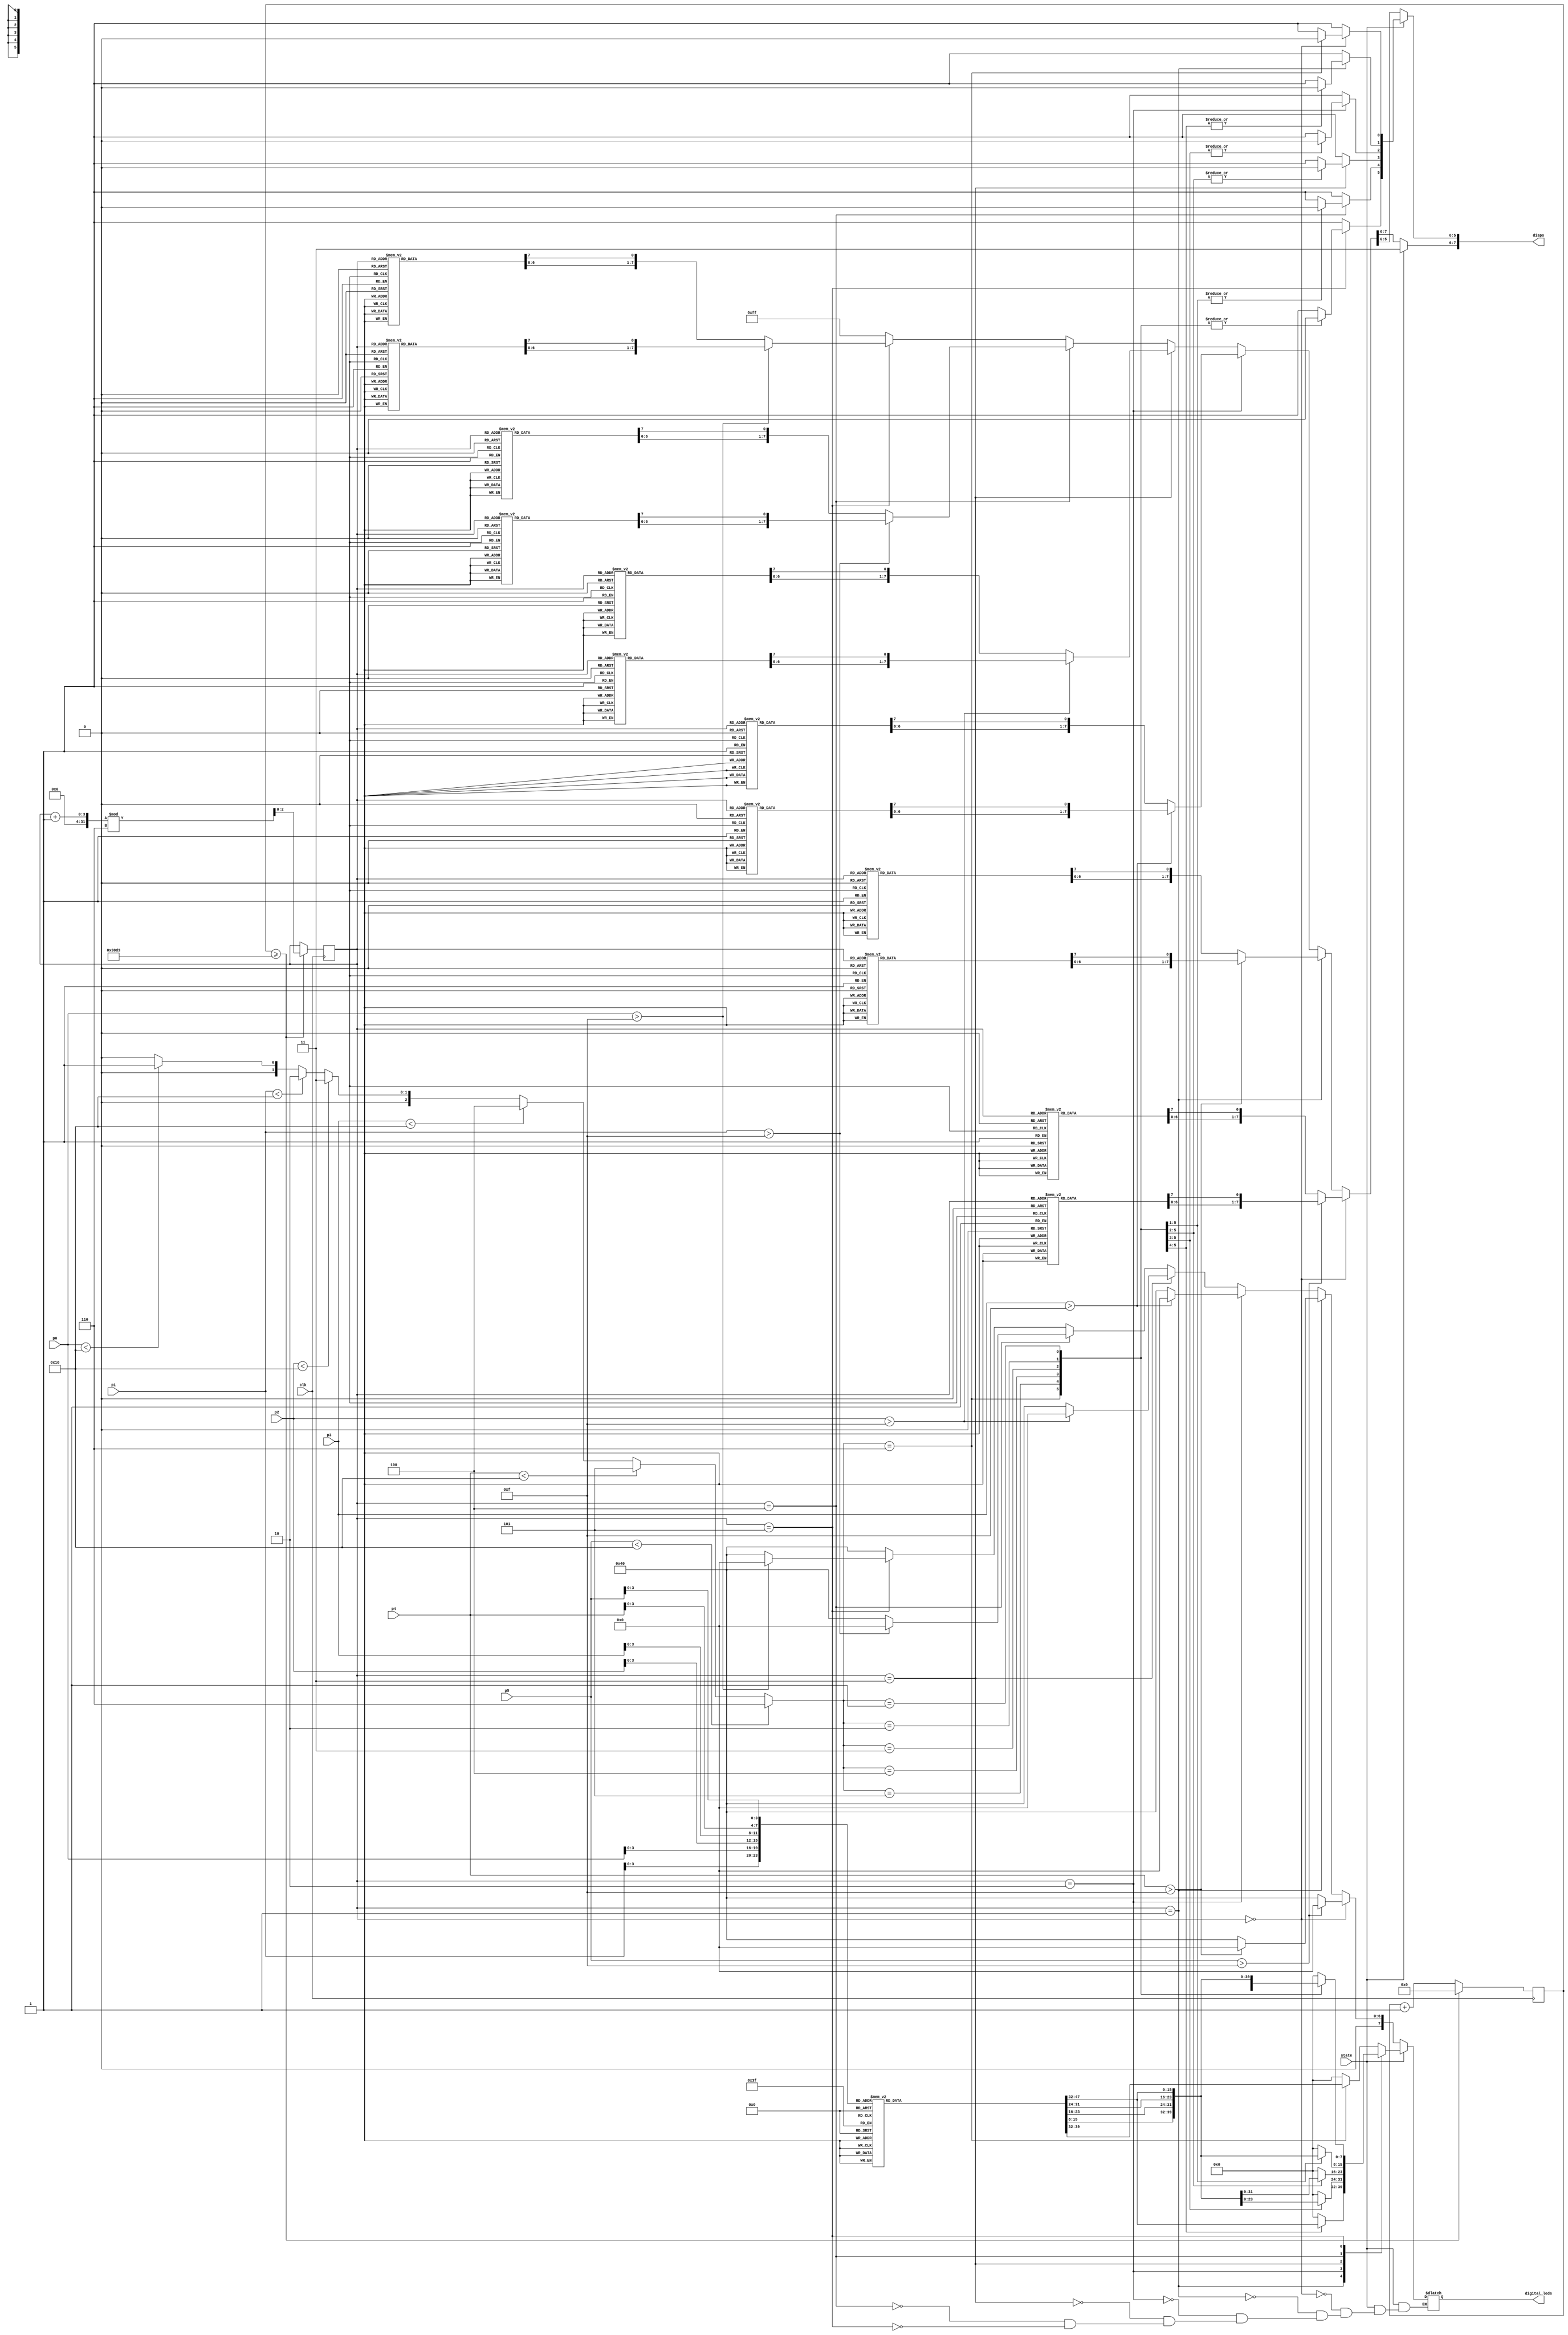
module Show_Password(
	input clk,//50Mbz
	input state,//-
	input [4:0] p0,
	input [4:0] p1,
	input [4:0] p2,
	input [4:0] p3,
	input [4:0] p4,
	input [4:0] p5,
	output reg[7:0] disps,//4 disps are used 
	output reg[7:0] digital_leds//8 parts
	);
	
	//reg state=1;
	reg  [7:0]  disps_data[15:0];//17 numbers,each number takes 8 bit,and close cmd
	parameter CLK_DIV_PERIOD=12500;//divide into 4*100,=CLK/400
	reg [19:0] cnt=0;//counter of system clock
	reg clk_div=0;
	reg [2:0] pos;
	reg [2:0] pd_cnt=0;
	initial begin
			pos=0;
			disps[0]=1;
			disps[1]=1;
			disps[2]=1;
			disps[3]=1;
			disps[4]=1;
			disps[5]=1;
			disps[6]=1;
			disps[7]=1;
			disps_data[0]=8'h3f;//0-F
			disps_data[1]=8'h06;
			disps_data[2]=8'h5b;
			disps_data[3]=8'h4f;
			disps_data[4]=8'h66;
			disps_data[5]=8'h6d;
			disps_data[6]=8'h7d;
			disps_data[7]=8'h07;
			disps_data[8]=8'h7f;
			disps_data[9]=8'h6f;
			disps_data[10]=8'h77;
			disps_data[11]=8'h7C;
			disps_data[12]=8'h39;
			disps_data[13]=8'h5e;
			disps_data[14]=8'h79;
			disps_data[15]=8'h71;
	end


always@(posedge clk)
	begin
		if(cnt>=(CLK_DIV_PERIOD-1))
			begin
				cnt<=1'b0;
				clk_div<=~clk_div;
				pos<=(pos+1'b1)%6;
			end
		else cnt<=cnt+1'b1;
	end
		
integer i;	
/*
always@(clk_div)begin
		for(i=0;i<8;i=i+1'b1) begin disps[i]=1; end
		if(state)begin
		if(pos==0) 		 if(p0>15)begin digital_leds=0;disps[pos]=1;end else begin digital_leds=disps_data[p0];disps[pos]=0;end 
		else if(pos==1) if(p1>15)begin digital_leds=0;disps[pos]=1;end else begin digital_leds=disps_data[p1];disps[pos]=0;end 
		else if(pos==2) if(p2>15)begin digital_leds=0;disps[pos]=1;end else begin digital_leds=disps_data[p2];disps[pos]=0;end 
		else if(pos==3) if(p3>15)begin digital_leds=0;disps[pos]=1;end else begin digital_leds=disps_data[p3];disps[pos]=0;end
		end else begin
		digital_leds=8'h40;
		if(pos==0) 		 if(p0>15)begin digital_leds=0;disps[pos]=1;end else disps[pos]=0;
		else if(pos==1) if(p1>15)begin digital_leds=0;disps[pos]=1;end else disps[pos]=0;
		else if(pos==2) if(p2>15)begin digital_leds=0;disps[pos]=1;end else disps[pos]=0;
		else if(pos==3) if(p3>15)begin digital_leds=0;disps[pos]=1;end else disps[pos]=0;	
	end
end
*/

always@(clk_div)begin
		if(p5<16) pd_cnt=6;
		else if(p4<16) pd_cnt=5;
		else if(p3<16) pd_cnt=4;
		else if(p2<16) pd_cnt=3;
		else if(p1<16) pd_cnt=2;
		else if(p0<16) pd_cnt=1;
		else pd_cnt=0;
		
		
		for(i=0;i<8;i=i+1'b1) begin disps[i]=1; end
		if(state)begin
			case(pos)
			0:begin//,pd_cnt==3p0 
				case(pd_cnt)
					6: begin digital_leds=disps_data[p0];disps[0]=0;end
					default:begin digital_leds=0;disps[0]=1;end
				endcase
			end
			1:begin//1,pd_cnt==2p0,pd_cnt==3p1
				case(pd_cnt)
					6: begin digital_leds=disps_data[p1];disps[1]=0;end
					5: begin digital_leds=disps_data[p0];disps[1]=0;end
					default:begin digital_leds=0;disps[1]=1;end
					endcase
			end
			2:begin//1,pd_cnt==3:p2,pd_cnt==2:p1,pd_cnt==1,p0
					case(pd_cnt)
							6:begin digital_leds=disps_data[p2];disps[2]=0;end
							5:begin digital_leds=disps_data[p1];disps[2]=0;end
							4:begin digital_leds=disps_data[p0];disps[2]=0;end
							default:begin digital_leds=0;disps[2]=1;end
					endcase
				end
			
			3:begin//,pd_cnt==3:p3,pd_cnt==2:p2,pd_cnt==1:p1,pd_cnt==0_p0;
				case(pd_cnt)
					6:begin digital_leds=disps_data[p3];disps[3]=0;end
					5:begin digital_leds=disps_data[p2];disps[3]=0;end
					4:begin digital_leds=disps_data[p1];disps[3]=0;end
					3:begin digital_leds=disps_data[p0];disps[3]=0;end
					default:begin digital_leds=0;disps[3]=1;end
				endcase
			end 
			4:begin
				case(pd_cnt)
					6:begin digital_leds=disps_data[p4];disps[4]=0;end
					5:begin digital_leds=disps_data[p3];disps[4]=0;end
					4:begin digital_leds=disps_data[p2];disps[4]=0;end
					3:begin digital_leds=disps_data[p1];disps[4]=0;end
					2:begin digital_leds=disps_data[p0];disps[4]=0;end
					default:begin digital_leds=0;disps[4]=1;end
				endcase
			end
			5:begin
				case(pd_cnt)
						6:begin digital_leds=disps_data[p5];disps[5]=0;end
						5:begin digital_leds=disps_data[p4];disps[5]=0;end
						4:begin digital_leds=disps_data[p3];disps[5]=0;end
						3:begin digital_leds=disps_data[p2];disps[5]=0;end
						2:begin digital_leds=disps_data[p1];disps[5]=0;end
						1:begin digital_leds=disps_data[p0];disps[5]=0;end
						default:begin digital_leds=0;disps[5]=1;end
					endcase
			end
			endcase
		end
		else begin
			digital_leds=8'h40;
			if(pos==0) 		begin  if(p5>15)begin digital_leds=0;disps[pos]=1;end else disps[pos]=0;end 
			else if(pos==1)begin  if(p4>15)begin digital_leds=0;disps[pos]=1;end else disps[pos]=0;end 
			else if(pos==2)begin  if(p3>15)begin digital_leds=0;disps[pos]=1;end else disps[pos]=0;end 
			else if(pos==3)begin  if(p2>15)begin digital_leds=0;disps[pos]=1;end else disps[pos]=0;end
			else if(pos==4)begin  if(p1>15)begin digital_leds=0;disps[pos]=1;end else disps[pos]=0;end 
			else if(pos==5)begin  if(p0>15)begin digital_leds=0;disps[pos]=1;end else disps[pos]=0;end
	end
end

endmodule